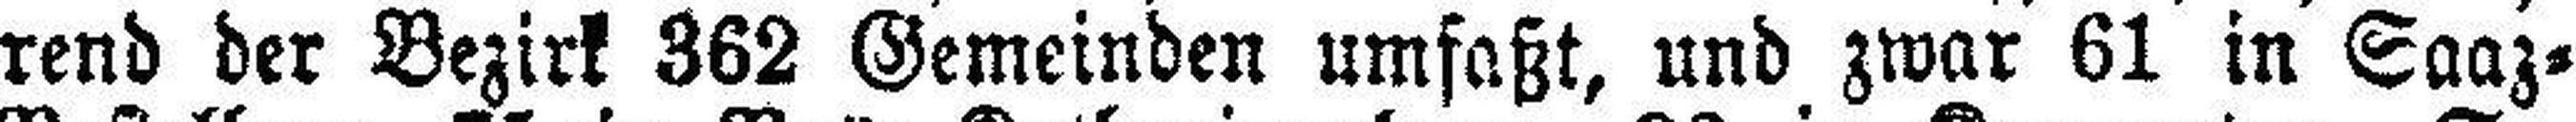
rend der Bezirk 362 Gemeinden umfaßt, und zwar 61 in Saaz=